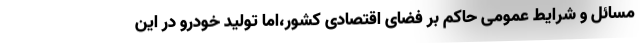
مسائل و شرایط عمومی حاکم بر فضای اقتصادی کشور،اما تولید خودرو در این